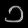
Digit: ၁